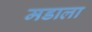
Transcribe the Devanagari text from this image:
मडाला